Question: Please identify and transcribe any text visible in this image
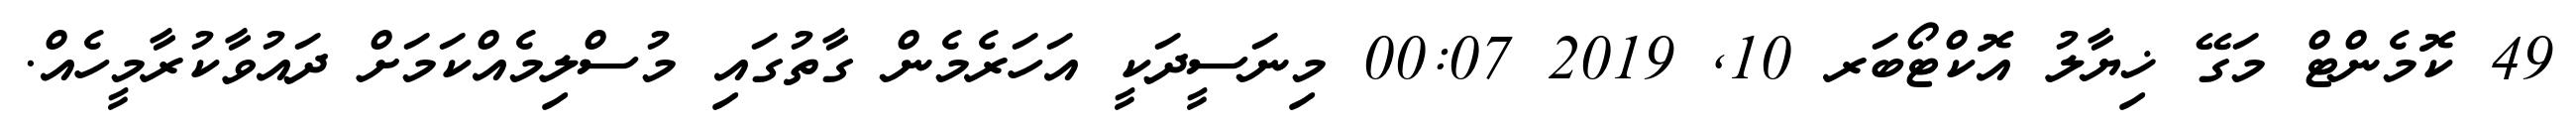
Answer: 49 ކޮމެންޓް މަގޭ ޚިޔާލު އޮކްޓޯބަރ 10, 2019 00:07 މިނަސީދަކީ އަހަރެމެން ގާތުގައި މުސްލިމެއްކަމަށް ދައުވާކުރާމީހެއް.